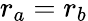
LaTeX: r_{a}=r_{b}